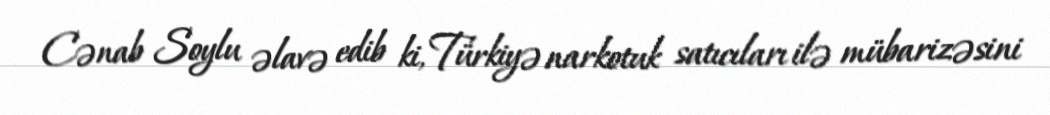
Cənab Soylu əlavə edib ki, Türkiyə narkotuk satıcıları ilə mübarizəsini